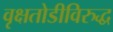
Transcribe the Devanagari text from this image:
वृक्षतोडीविरुद्ध